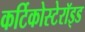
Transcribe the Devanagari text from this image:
कर्टिकोस्टेरॉइड